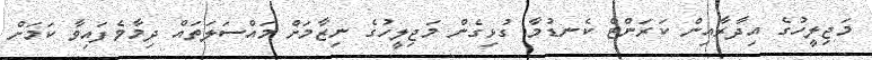
މަޖިލީހުގެ އިދާރާއިން ކަރަންޓް ކެނޑުމާ ގުޅިގެން މަޖިލީހުގެ ނިޒާމަށް މައްސަލަތައް ދިމާވެފައިވާ ކަމަށް